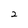
Character: 2